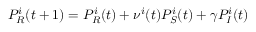
P _ { R } ^ { i } ( t + 1 ) = P _ { R } ^ { i } ( t ) + \nu ^ { i } ( t ) P _ { S } ^ { i } ( t ) + \gamma P _ { I } ^ { i } ( t )